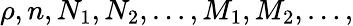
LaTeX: \rho,n,N_{1},N_{2},\ldots,M_{1},M_{2},\ldots,